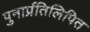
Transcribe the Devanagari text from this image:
पुनार्प्रतिलिपित